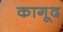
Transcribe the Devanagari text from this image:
कागूद